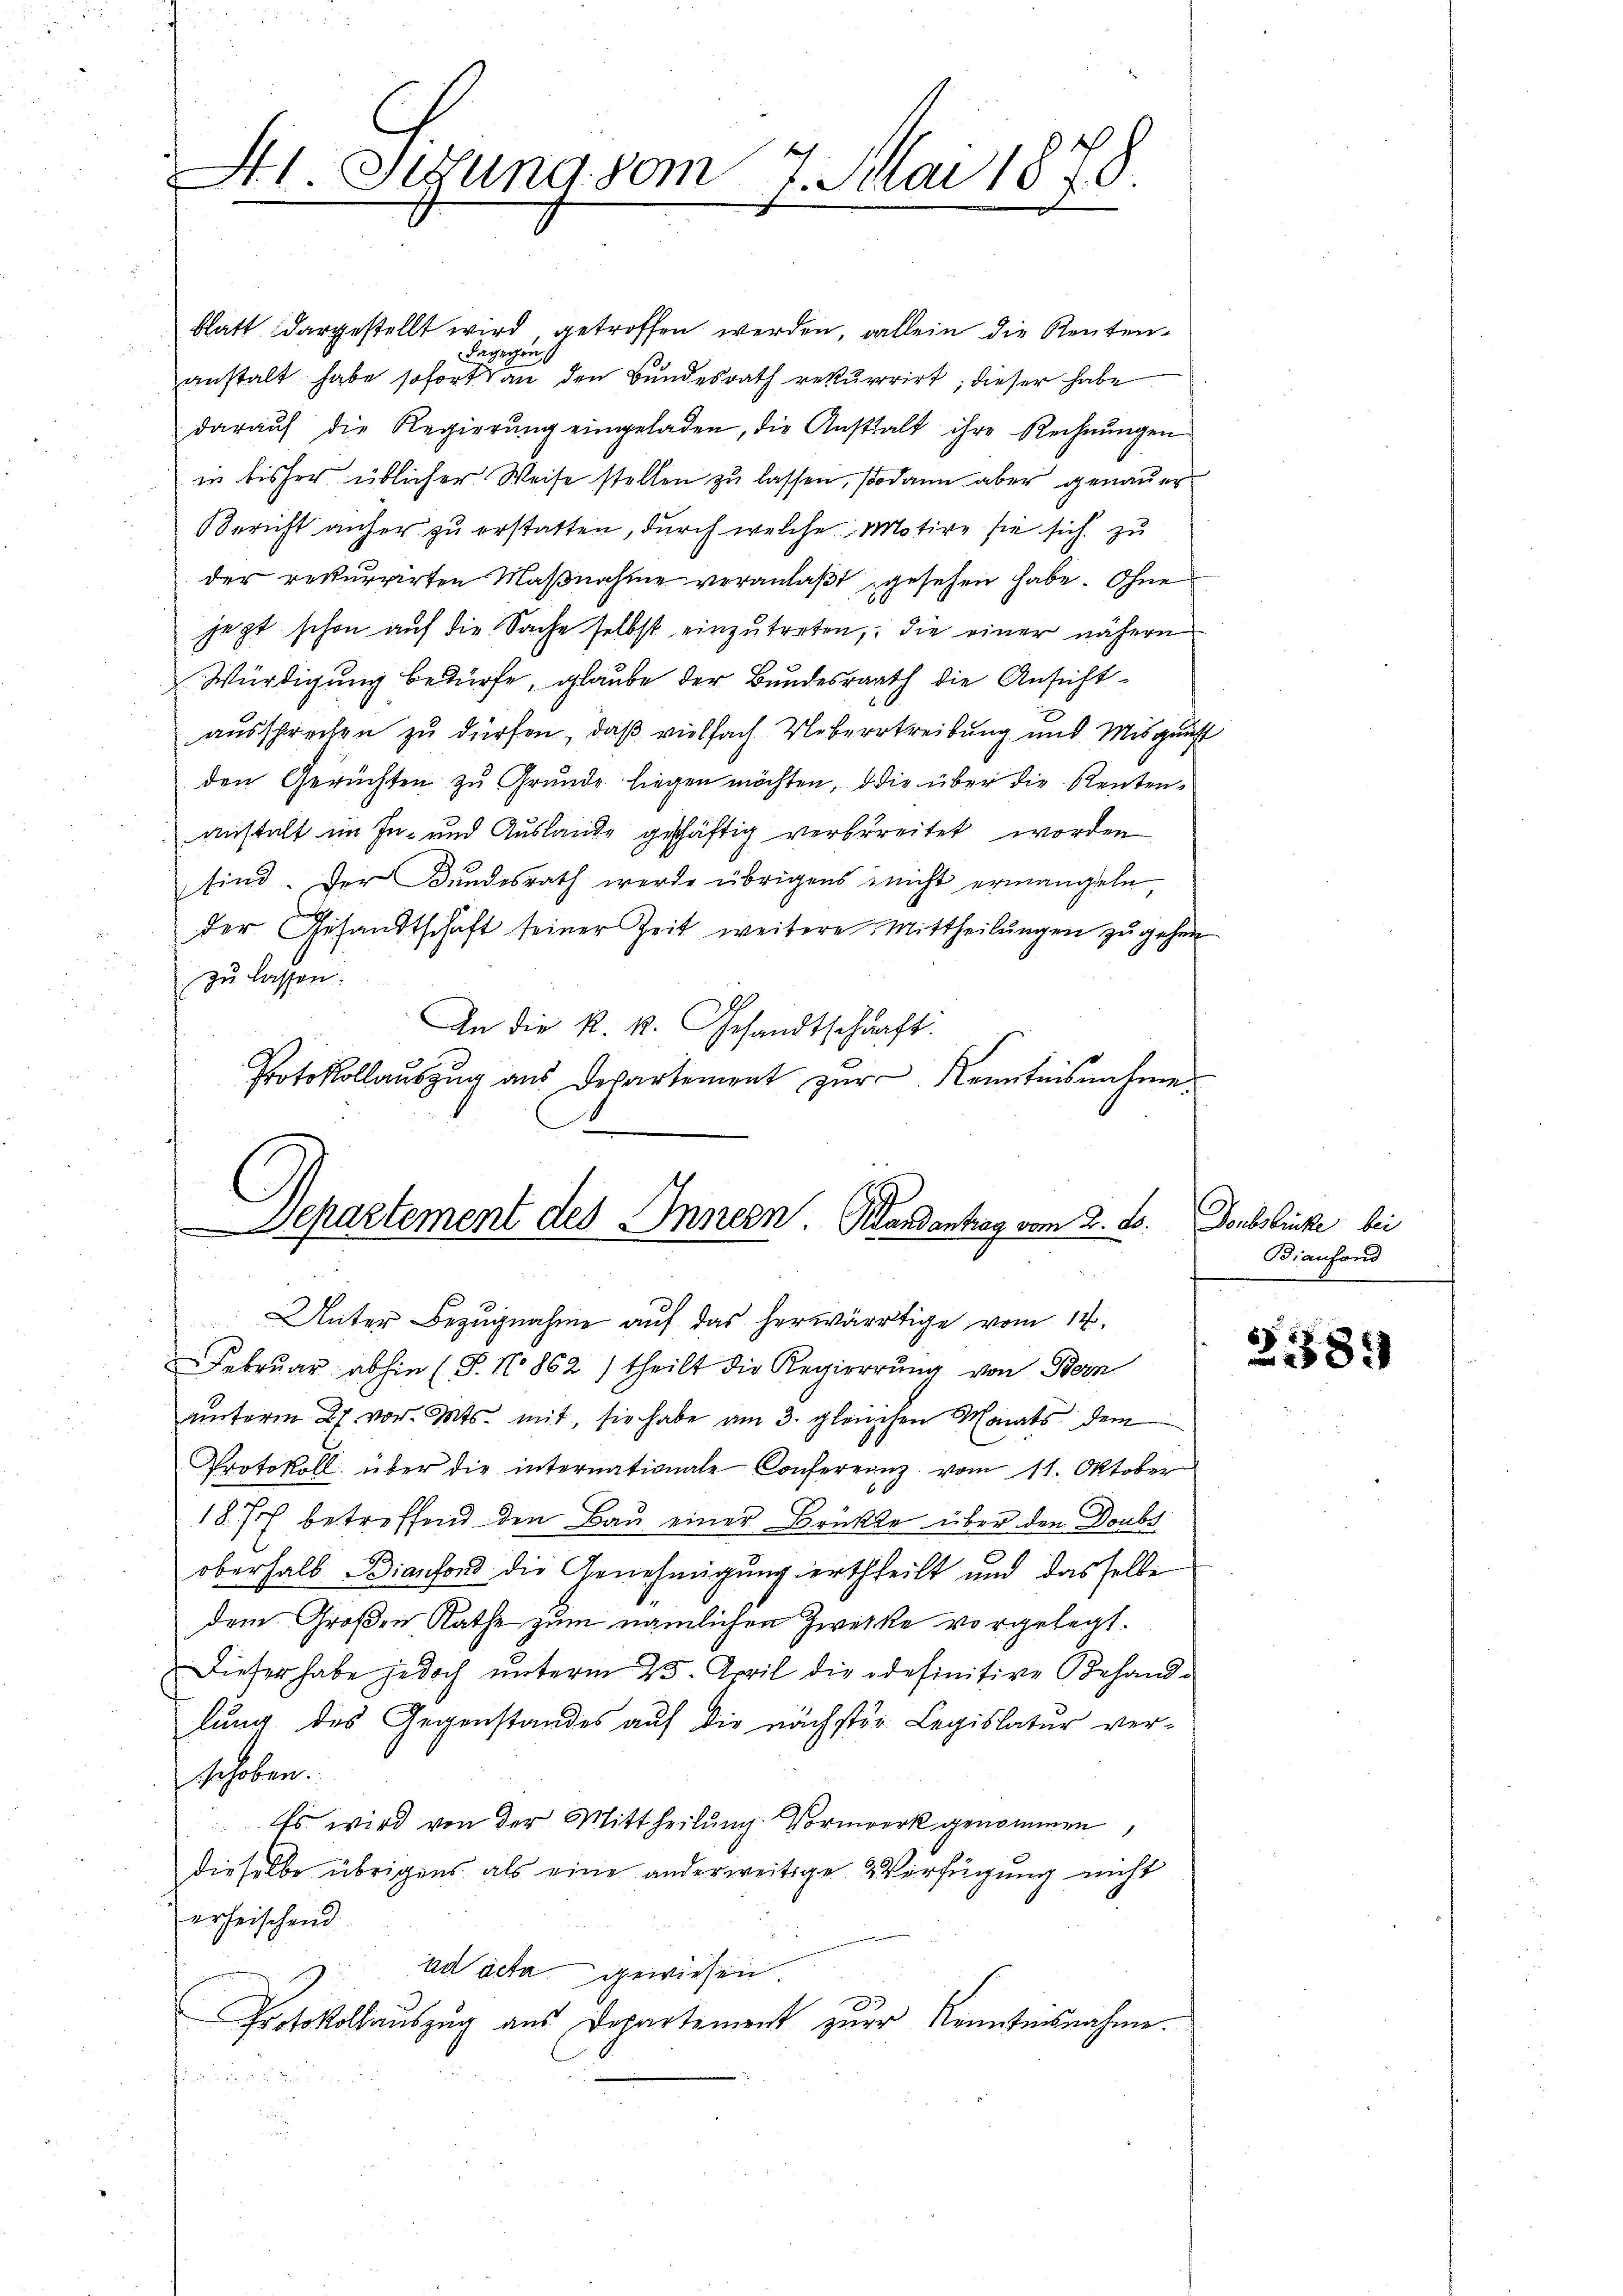
St1. Segung vom 7. Mai 1878.

Departement des Innern. Mandantrag vom 2. ds. Doublicke bei
Unter Bezugnahme auf das herwärtige vom 14.

blatt dargestellt wird getroffen werden, allein die Rentendagegen
anstalt habe sofort an den Bundesrath rekurrirt; dieser habe
darauf die Regierŭng eingeladen, die Anstalt ihre Rechnŭngen
in bisher üblicher Weise stellen zu lassen, sodann aber genauer
Bericht anher zu erstatten, durch welche Motive sie sich zu
der rekurrirten Maβnahme veranlaβt gesehen habe. Ohne
jezt schon auf die Sache selbst einzutreten, die einer nähern
Würdigung bedürfe, glaube der Bundesrath die Ansichtaussprechen zu dürfen, daß vielfach Ueberstreibung und Misgunst
den Gerüchten zu Grunde liegen möchten, die über die Rentenanstalt im In- und Auslande geschäftig verbereitet worden
sind. Der Bundesrath werde übrigens nicht ermangeln,
der Gesandtschaft seiner Zeit weitere Mittheilŭngen zŭgehen
zu lassen.
An die k. k. Gesandtschaft.
Protokollaŭszŭg aŭs Departement zŭr Kenntnisnahme

Febrŭar abhin (T. No 862) theilt die Regierrŭng von Bern
unterm 27. vor. Mts. mit, sie habe am 3. gleichen Monats dem
Protokoll über die internationale Conferenz vom 11. Oktober
1877 betreffend den Bau einer Brückte über den Doubs
oberhalb Bianfond die Genehmigung ertheilt und dasselbe
dem Großen Rathe zum nämlichen Zwecke vorgelegt.
Dieser habe jedoch unterm 25. April die odefinitive Behandlung des Gegenstandes auf die nächster Legislatur ver-
schoben.
Es wird von der Mittheilung Vormerk genommen,
dieselbe übrigens als eine anderweitige Verfügung nicht
erheischend.
ad acta gewiesen.
Protokollauszug aus Departement zur Kenntnisnahme.
 .

Biaufond

2389